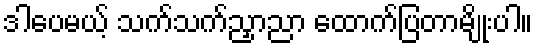
ဒါပေမယ့် သက်သက်ညှာညာ ထောက်ပြတာမျိုးပါ။